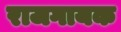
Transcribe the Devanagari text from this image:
राजगायक